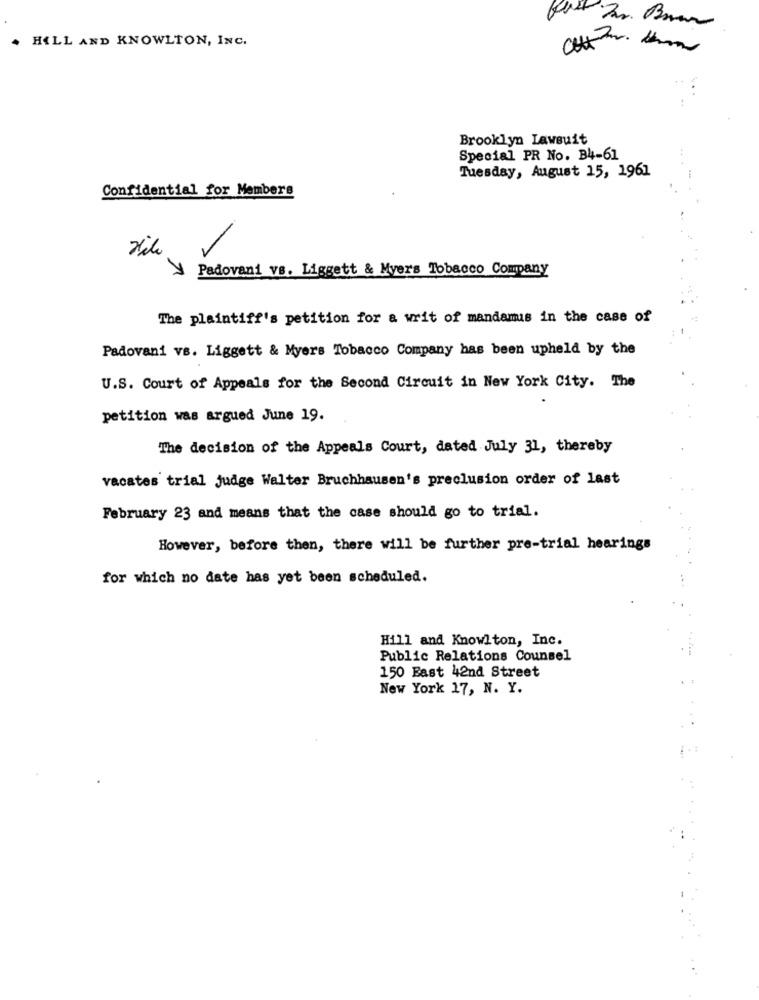
. HALL AND KNOWLTON, INC.
Brooklyn Lawsuit
Special PR No. B4-61
Tuesday, August 15, 1961
Confidential for Members
Vile
Padovani vs. Liggett & Myers Tobacco Company
The plaintiff's petition for a writ of mandamus in the case of
Padovani vs. Liggett & Myers Tobacco Company has been upheld by the
U.S. Court of Appeals for the Second Circuit in New York City. The
petition was argued June 19.
The decision of the Appeals Court, dated July 31, thereby
vacates trial judge Walter Bruchhausen's preclusion order of last
February 23 and means that the case should go to trial.
However, before then, there will be further pre-trial hearings
for which no date has yet been scheduled.
Hill and Knowlton, Inc.
Public Relations Counsel
150 Bast 42nd Street
New York 17, N. Y.